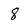
Character: 8